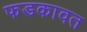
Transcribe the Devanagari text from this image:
फडकावत